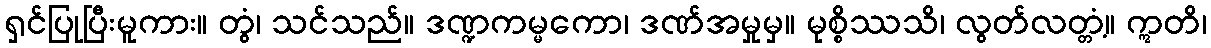
ရှင်ပြုပြီးမူကား။ တွံ၊ သင်သည်။ ဒဏ္ဍကမ္မကော၊ ဒဏ်အမှုမှ။ မုစ္စိဿသိ၊ လွတ်လတ္တံ့။ ဣတိ၊